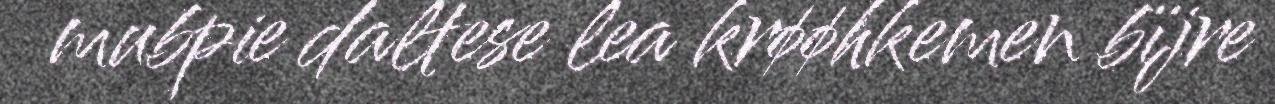
mubpie daltese lea krøøhkemen bïjre